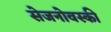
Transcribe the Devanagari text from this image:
सेजनोवस्की